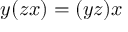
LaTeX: y ( z x ) = ( y z ) x